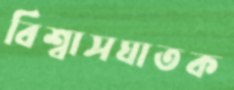
বিশ্বাসঘাতক